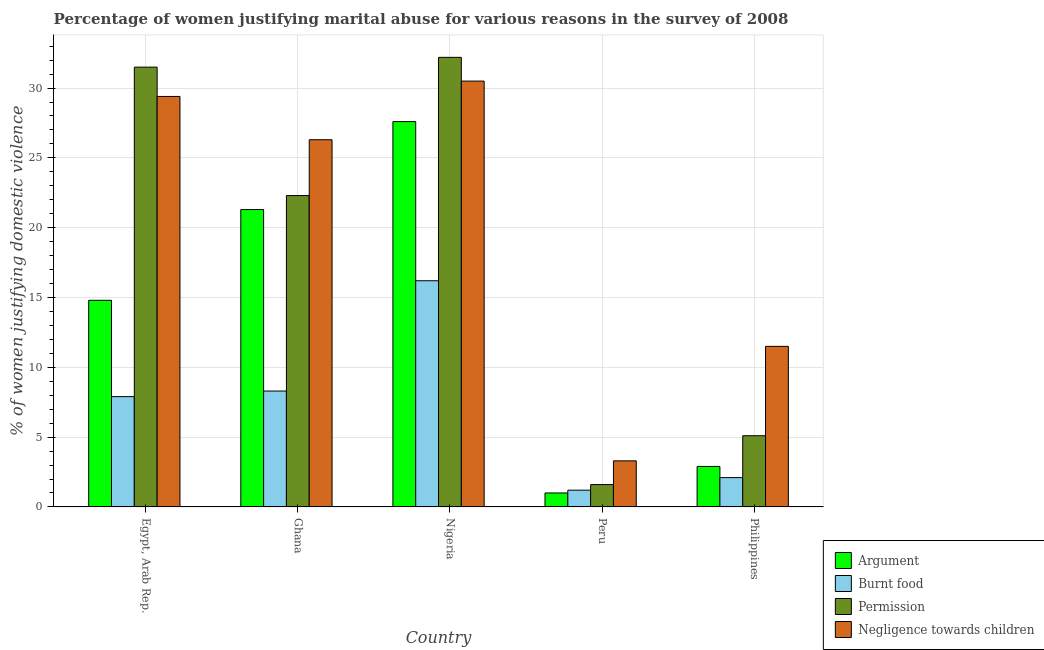
| Country | Argument | Burnt food | Permission | Negligence towards children |
 | --- | --- | --- | --- | --- |
 | Egypt, Arab Rep. | 14.8 | 7.9 | 31.5 | 29.4 |
 | Ghana | 21.3 | 8.3 | 22.3 | 26.3 |
 | Nigeria | 27.6 | 16.2 | 32.2 | 30.5 |
 | Peru | 1 | 1.2 | 1.6 | 3.3 |
 | Philippines | 2.9 | 2.1 | 5.1 | 11.5 |